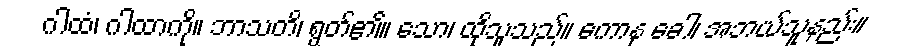
ဂါထံ၊ ဂါထာကို။ ဘာသတိ၊ ရွတ်၏။ သော၊ ထိုသူသည်။ ကောနု ခေါ၊ အဘယ်သူနည်း။